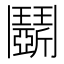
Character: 𩰚